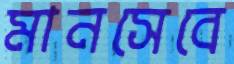
মানসেবে